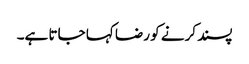
پسند کرنے کو رضا کہا جاتا ہے۔